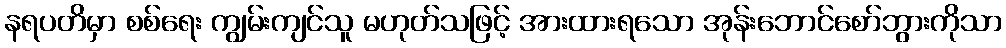
နရပတိမှာ စစ်ရေး ကျွမ်းကျင်သူ မဟုတ်သဖြင့် အားထားရသော အုန်းဘောင်စော်ဘွားကိုသာ